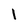
Character: 1